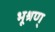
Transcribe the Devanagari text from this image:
भूश्रण्